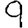
Digit: 9